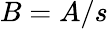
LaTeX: B=A/s